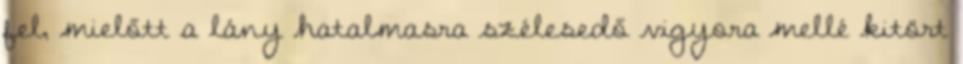
fel, mielőtt a lány hatalmasra szélesedő vigyora mellé kitört